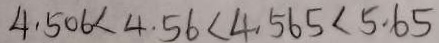
4 . 5 0 6 < 4 . 5 6 < 4 . 5 6 5 < 5 . 6 5